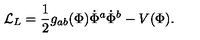
{ \cal L } _ { L } = { \frac { 1 } { 2 } } g _ { a b } ( \Phi ) \dot { \Phi } ^ { a } \dot { \Phi } ^ { b } - V ( \Phi ) .